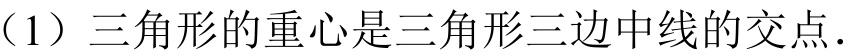
（1）三角形的重心是三角形三边中线的交点.